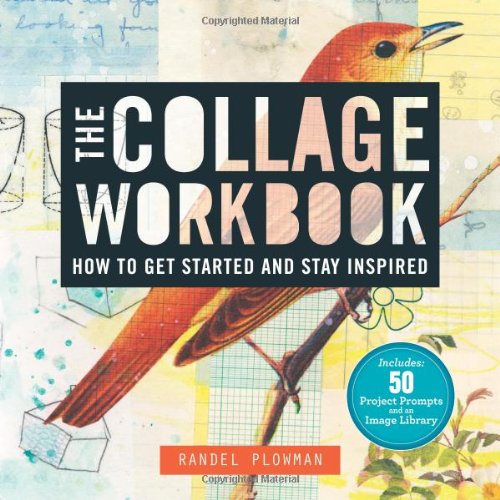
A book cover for The Collage Workbook: How to Get Started and Stay Inspired; Randel Plowman; Crafts, Hobbies & Home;